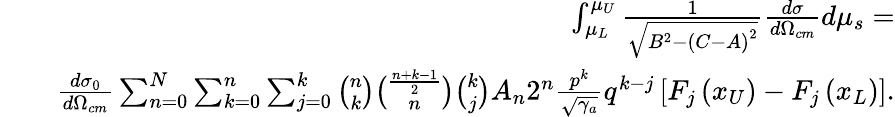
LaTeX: \begin{array}{rlr}&{}&{\int_{\mu_{L}}^{\mu_{U}}\frac{1}{\sqrt{B^{2}-\left(C-A\right)^{2}}}\frac{d\sigma}{d\Omega_{cm}}d\mu_{s}=}\\ &{}&{\frac{d\sigma_{0}}{d\Omega_{cm}}\sum_{n=0}^{N}\sum_{k=0}^{n}\sum_{j=0}^{k}\binom{n}{k}\binom{\frac{n+k-1}{2}}{n}\binom{k}{j}A_{n}2^{n}\frac{p^{k}}{\sqrt{\gamma_{a}}}q^{k-j}\left[F_{j}\left(x_{U}\right)-F_{j}\left(x_{L}\right)\right].}\end{array}